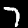
Digit: 7